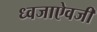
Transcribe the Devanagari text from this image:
ध्वजाऐवजी